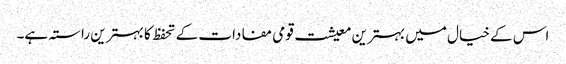
اس کے خیال میں بہترین معیشت قومی مفادات کے تحفظ کا بہترین راستہ ہے۔